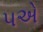
૫એ